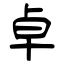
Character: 卓